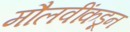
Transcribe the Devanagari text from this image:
मौलवींकडून